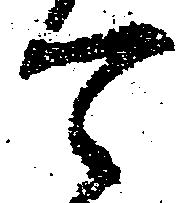
可